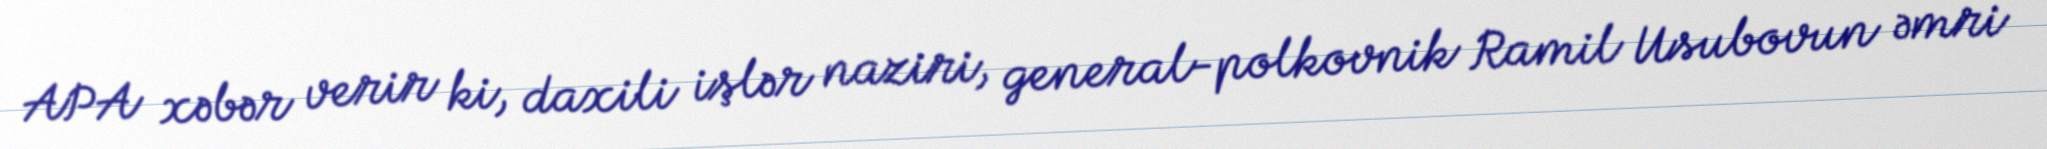
APA xəbər verir ki, daxili işlər naziri, general-polkovnik Ramil Usubovun əmri